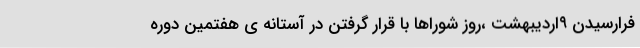
فرارسیدن ۹اردیبهشت ،روز شوراها با قرار گرفتن در آستانه ی هفتمین دوره